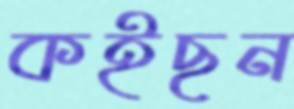
কইছন